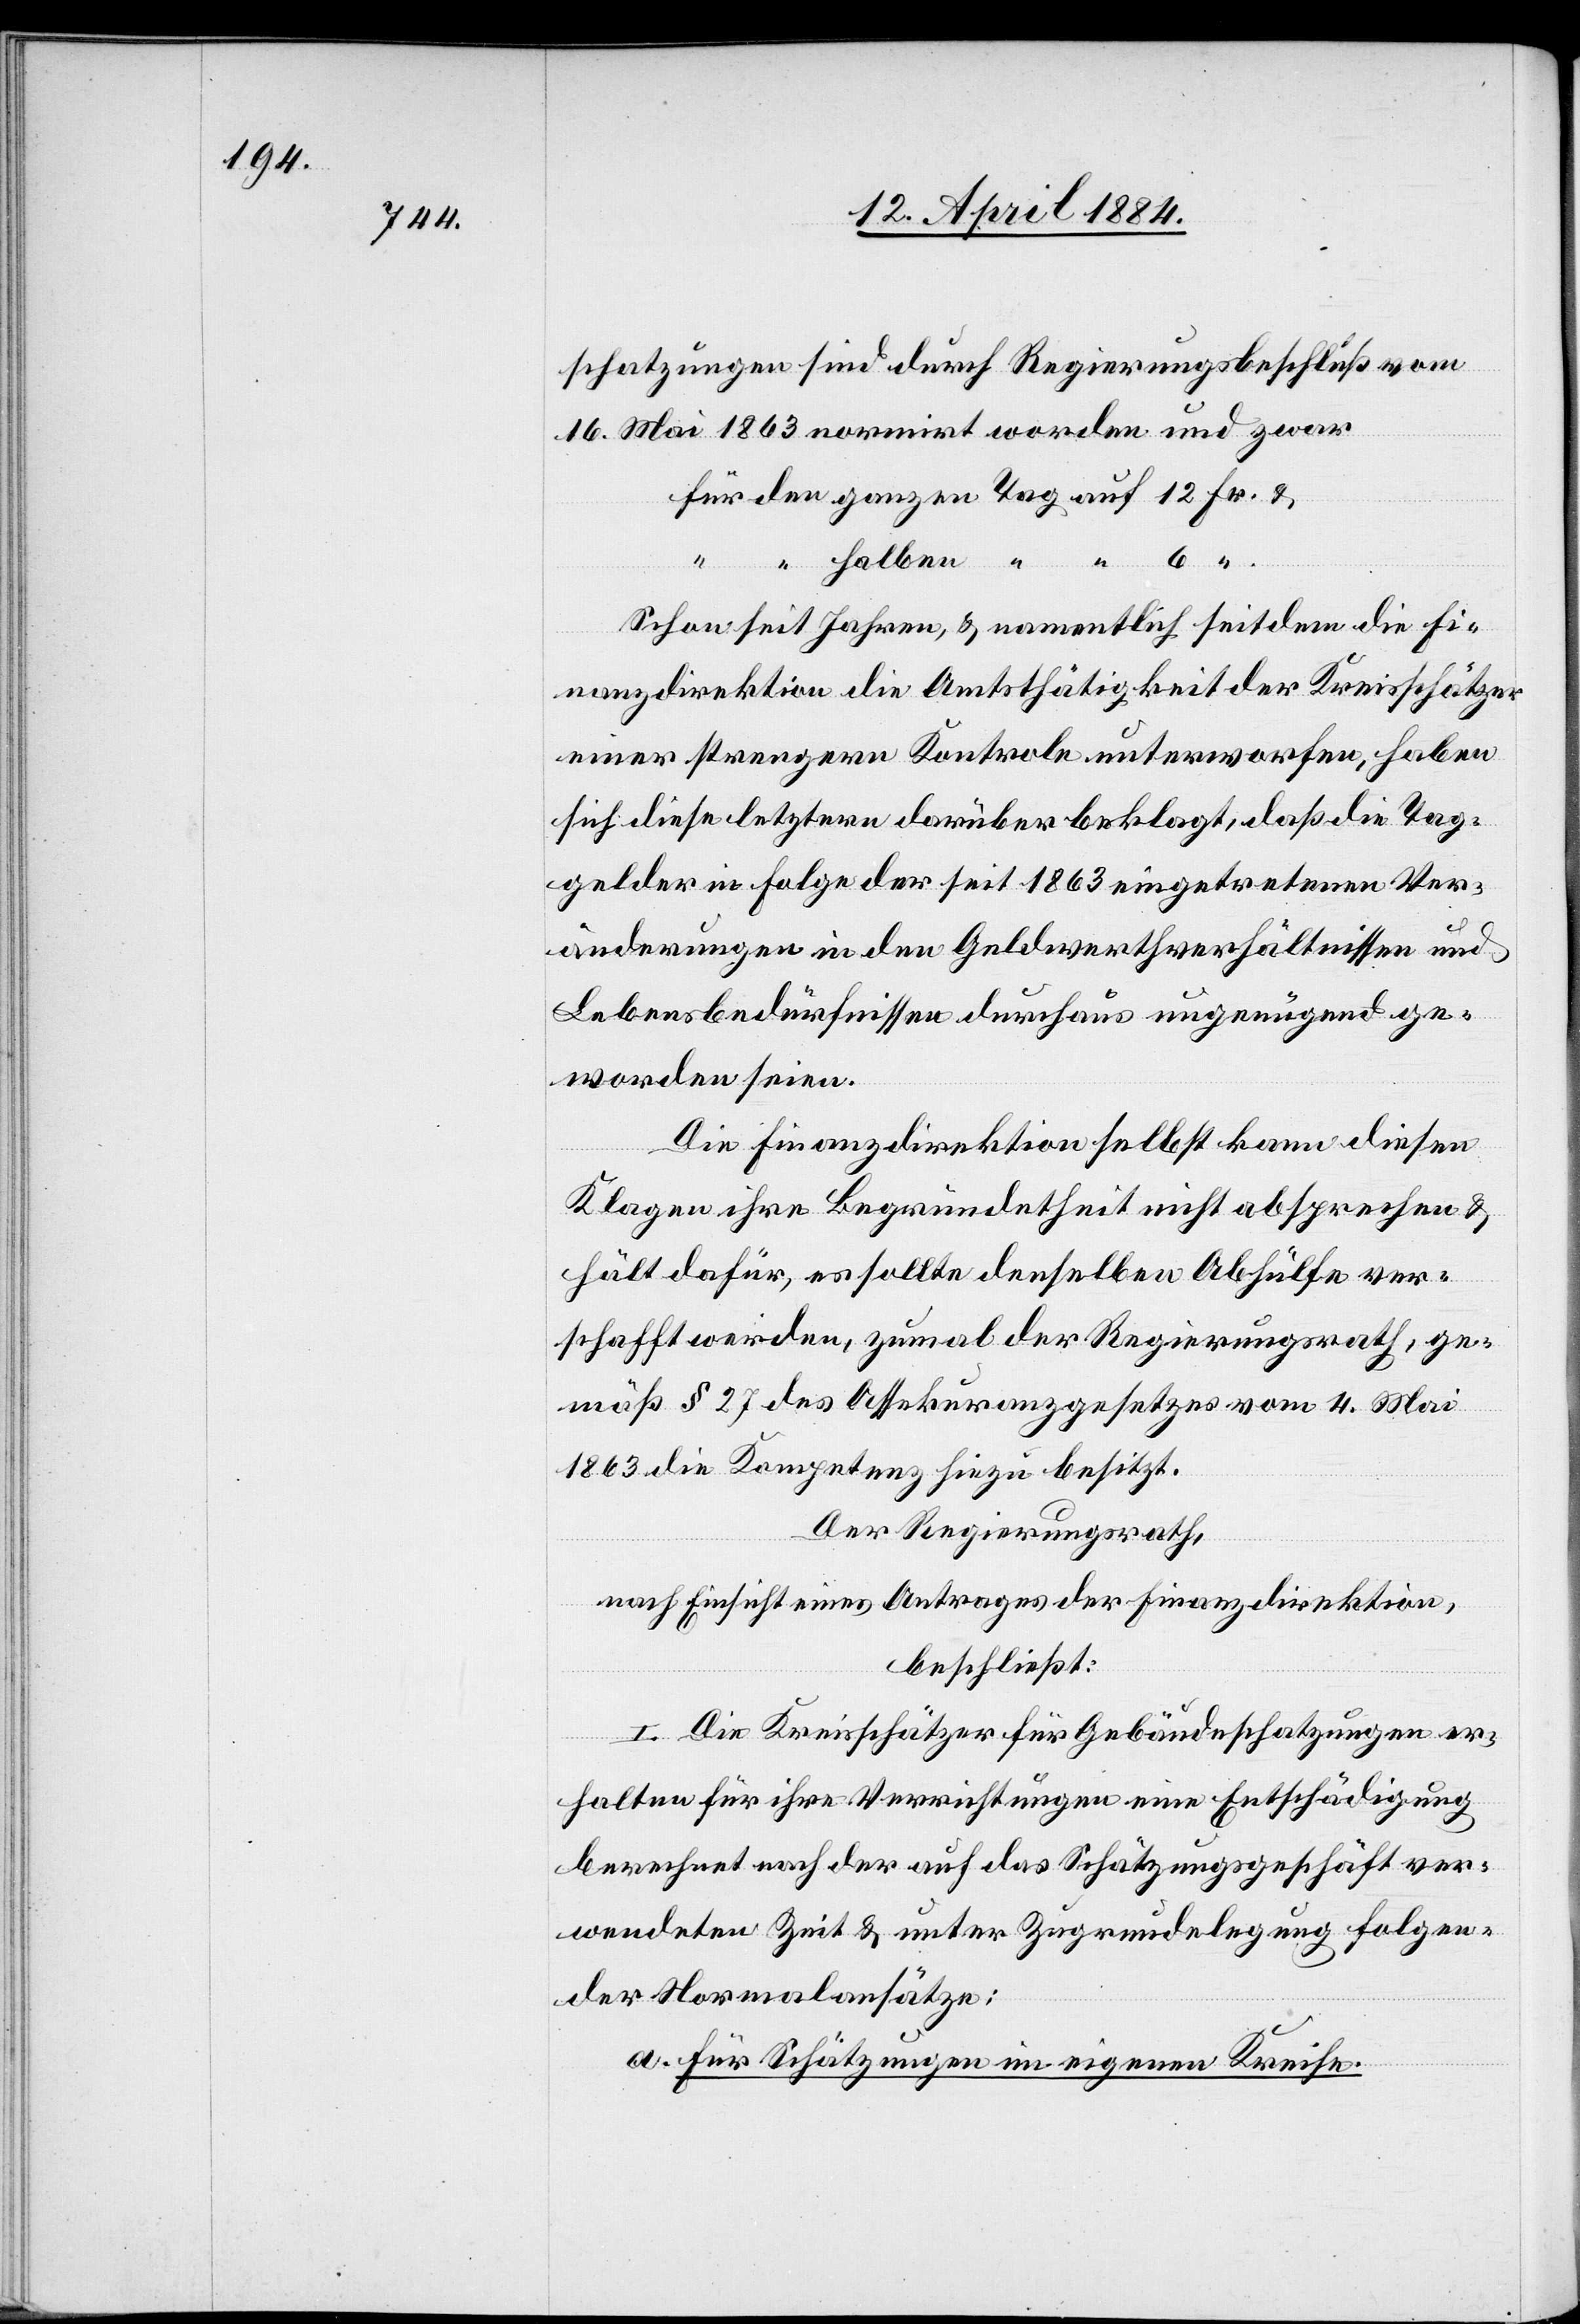
schatzungen sind durch Regierungsbeschluß vom
16. Mai 1863 normirt worden und zwar
halben
“.
ganzen
Schon seit Jahren, & namentlich seit dem die Fi¬
nanzdirektion die Amtsfähigkeit der Kreisschätzer
einer strengern Kontrole unterworfen, haben
sich diese letztern darüber beklagt, daß die Tag¬
gelder in Folge der seit 1863 eingetretenen Ver¬
änderungen in den Geldwerthverhältnissen und
Lebensbedürfnissen durchaus ungenügend ge¬
worden seien.
Die Finanzdirektion selbst kann diesen
Klagen ihre Begründetheit nicht absprechen &
hält dafür, es sollte denselben Abhülfe ver¬
schafft werden, zumal der Regierungsrath, ge¬
mäß § 27 des Assekuranzgesetzes vom 4. Mai
1863 die Kompetenz hiezu besitzt.
Der Regierungsrath,
nach Einsicht eines Antrages der Finanzdirektion,
beschließt:
I. Die Kreisschätzer für Gebäudeschatzungen er¬
halten für ihre Verrichtungen eine Entschädigung
berechnet nach der auf das Schätzungsgeschäft ver¬
wendeten Zeit & unter Zugrundelegung folgen¬
der Normalansätze:
a. Für Schätzungen im eigenen Kreise.

auf